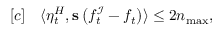
\begin{array} { r l } { [ c ] } & { { } \langle \eta _ { t } ^ { H } , \mathbf { s } \left( f _ { t } ^ { \mathcal { I } } - f _ { t } \right) \rangle \leq 2 n _ { \operatorname* { m a x } } , } \end{array}